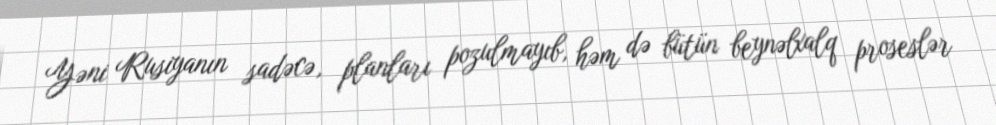
Yəni Rusiyanın sadəcə, planları pozulmayıb, həm də bütün beynəlxalq proseslər